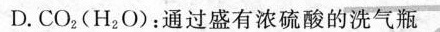
D.CO _ { 2 } (H _ { 2 }O)：通过盛有浓硫酸的洗气瓶